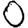
Digit: 0